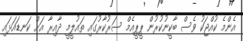
އެންމެ ކުއްޖަކު ވެސް ބާކީނުކުރުން ޕީޕީއެމް ސަރުކާރުގައި ތައުލީމީ ދާއިރާ އަށް ކަނޑައަޅައި